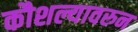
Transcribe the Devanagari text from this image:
कौशल्यावरुन